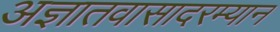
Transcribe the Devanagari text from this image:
अज्ञातवासादरम्यान